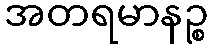
အတရမာနဉ္စ